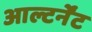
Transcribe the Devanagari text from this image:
आल्टर्नेंट